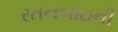
રતનબાઇની